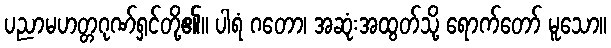
ပညာမဟတ္တဂုဏ်ရှင်တို့၏။ ပါရံ ဂတော၊ အဆုံးအထွတ်သို့ ရောက်တော် မူသော။